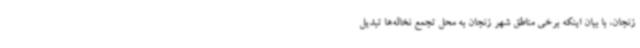
زنجان، با بیان اینکه برخی مناطق شهر زنجان به محل تجمع نخاله‌ها تبدیل